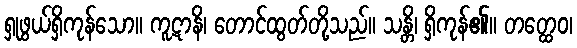
ရှုဖွယ်ရှိကုန်သော။ ကူဋာနိ၊ တောင်ထွတ်တို့သည်။ သန္တိ၊ ရှိကုန်၏။ တတ္ထေဝ၊